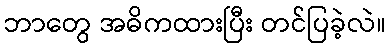
ဘာတွေ အဓိကထားပြီး တင်ပြခဲ့လဲ။